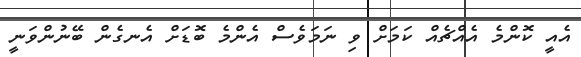
އެއީ ކޮންމެ އެއްޗެއް ކަމަށް ވި ނަމަވެސް އެންމެ ބޮޑަށް އެނގެން ބޭނުންވަނީ